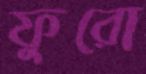
ফুরো